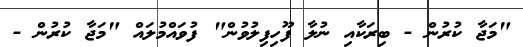
"މަޖާ ކުރުން - ބިރަކާއި ނުލާ ފޫހިފިލުވުން" ފުވައްމުލައް "މަޖާ ކުރުން -